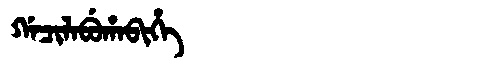
Manchu: ᡤᠠᠴᡳᠯᠠᠪᡠᡥᠠᠪᡳᡥᡝ
Romanization: GACILABUHABIHE